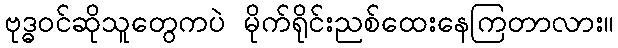
ဗုဒ္ဓဝင်ဆိုသူတွေကပဲ မိုက်ရိုင်းညစ်ထေးနေကြတာလား။